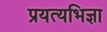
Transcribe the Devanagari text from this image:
प्रयत्यभिज्ञा